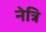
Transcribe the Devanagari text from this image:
नेत्रि